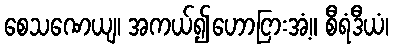
စေသဏေယျ၊ အကယ်၍ဟောငြားအံ့။ စီရံဒီယံ၊